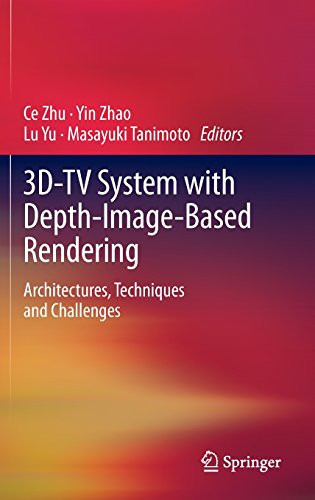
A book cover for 3D-TV System with Depth-Image-Based Rendering: Architectures, Techniques and Challenges; Computers & Technology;